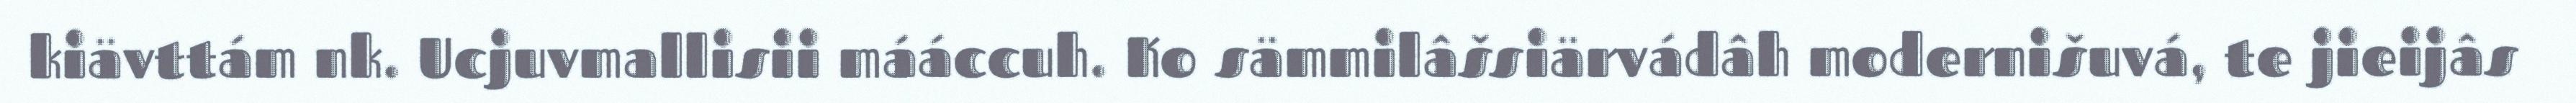
kiävttám nk. Ucjuvmallisii mááccuh. Ko sämmilâšsiärvádâh modernišuvá, te jieijâs